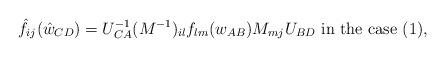
LaTeX: \begin{align*}\hat f_{ij}(\hat w_{CD})=U^{-1}_{CA}(M^{-1})_{il}f_{lm}(w_{AB})M_{mj}U_{BD}\mbox{ in the case (1), }\end{align*}